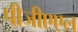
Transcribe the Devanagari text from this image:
पीजीएएल